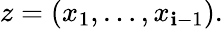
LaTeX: z=(x_{1},\dots,x_{\mathbf{i}-1}).